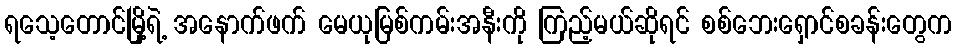
ရသေ့တောင်မြို့ရဲ့ အနောက်ဖက် မေယုမြစ်ကမ်းအနီးကို ကြည့်မယ်ဆိုရင် စစ်ဘေးရှောင်စခန်းတွေက